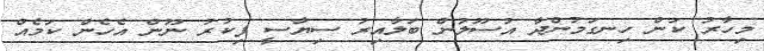
މިހާރު ކަން ހިނގަމުންދާ އުސޫލުން ބަލާއިރު ސިޔާސީ ފިކުރު ނޫން އެހެން ކަމެއް